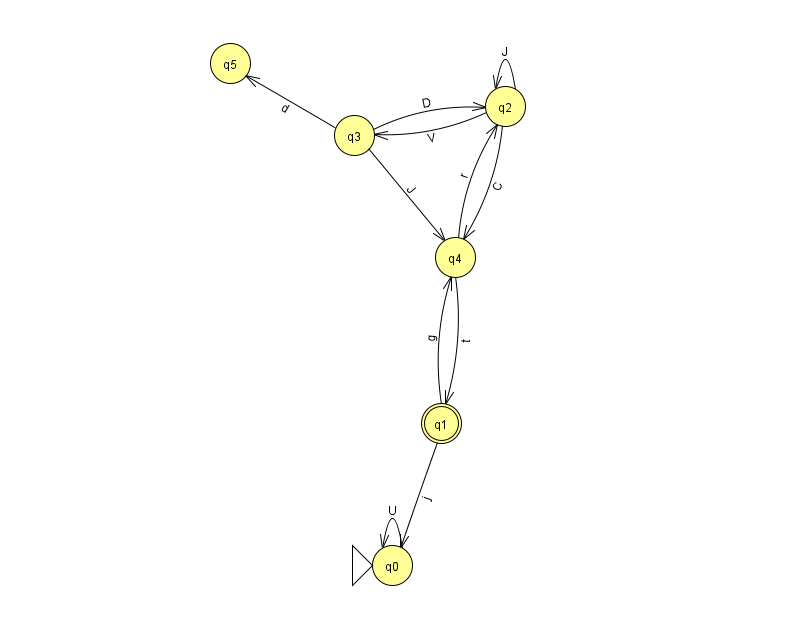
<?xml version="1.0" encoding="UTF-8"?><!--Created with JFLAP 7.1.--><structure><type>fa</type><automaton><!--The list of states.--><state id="0" name="q0"><x>392.0</x><y>552.0</y><initial/></state><state id="1" name="q1"><x>441.0</x><y>410.0</y><final/></state><state id="2" name="q2"><x>505.0</x><y>93.0</y></state><state id="3" name="q3"><x>354.0</x><y>122.0</y></state><state id="4" name="q4"><x>455.0</x><y>244.0</y></state><state id="5" name="q5"><x>230.0</x><y>50.0</y></state><!--The list of transitions.--><transition><from>4</from><to>2</to><read>r</read></transition><transition><from>2</from><to>4</to><read>C</read></transition><transition><from>3</from><to>2</to><read>D</read></transition><transition><from>4</from><to>1</to><read>t</read></transition><transition><from>0</from><to>0</to><read>U</read></transition><transition><from>2</from><to>3</to><read>V</read></transition><transition><from>1</from><to>4</to><read>g</read></transition><transition><from>2</from><to>2</to><read>J</read></transition><transition><from>3</from><to>4</to><read>J</read></transition><transition><from>3</from><to>5</to><read>d</read></transition><transition><from>1</from><to>0</to><read>j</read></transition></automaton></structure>